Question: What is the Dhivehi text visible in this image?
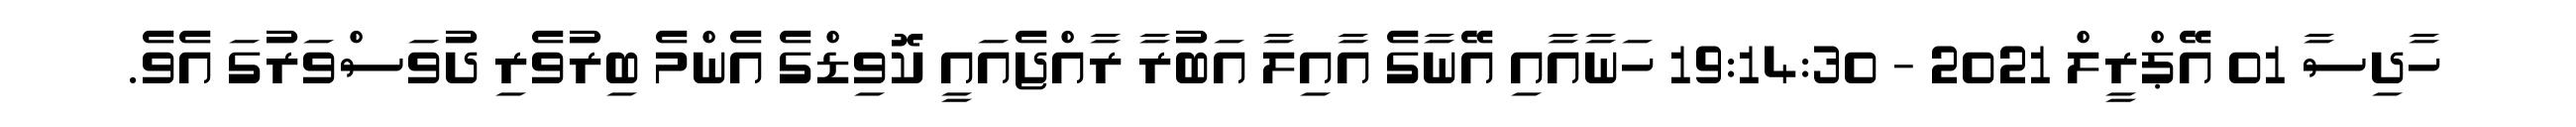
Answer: ހާދިސާ 01 އޭޕްރީލް 2021 - 19:14:30 ހަނާއާއި އޭނާގެ އާއިލާ އަބުރާ ރާއްޖެއައީ ކޮވިޑްގެ އެންމެ ބިރުވެރި ދުވަސްވަރުގަ އެވެ.